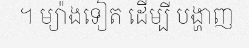
។ ម្យ៉ាងទៀត ដើម្បី បង្ហាញ